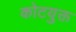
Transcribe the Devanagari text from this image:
कोटयुक्त